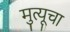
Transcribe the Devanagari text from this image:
मुत्यूचा